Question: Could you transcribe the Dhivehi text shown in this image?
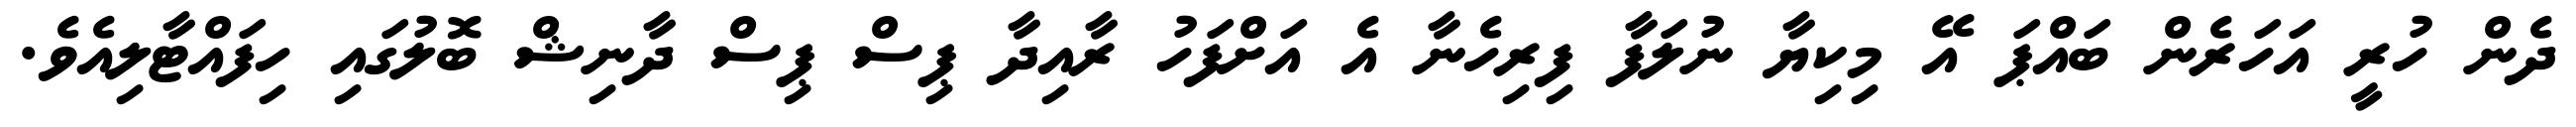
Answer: ދެން ހުރީ އަހަރެން ބައްޕަ އޭ މިކިޔާ ނުލަފާ ފިރިހެނާ އެ އަށްފަހު ރާއިދާ ޕިސް ޕިސް ދާނިޝް ބޮލުގައި ހިފައްޓާލިއެވެ.